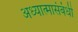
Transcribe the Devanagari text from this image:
अध्यात्मासंबंधी